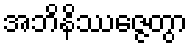
အဘိနိဿဇ္ဇေတွာ